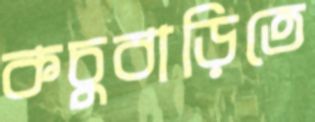
কচুবাড়িতে